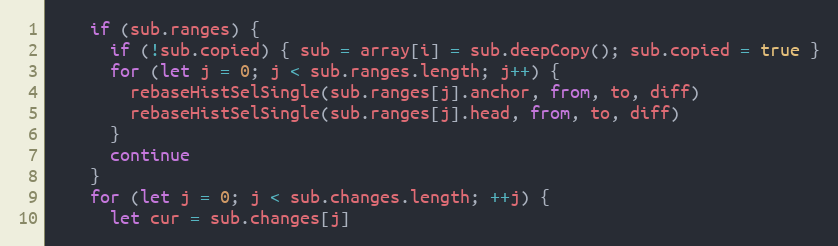
Language: JavaScript
    if (sub.ranges) {
      if (!sub.copied) { sub = array[i] = sub.deepCopy(); sub.copied = true }
      for (let j = 0; j < sub.ranges.length; j++) {
        rebaseHistSelSingle(sub.ranges[j].anchor, from, to, diff)
        rebaseHistSelSingle(sub.ranges[j].head, from, to, diff)
      }
      continue
    }
    for (let j = 0; j < sub.changes.length; ++j) {
      let cur = sub.changes[j]